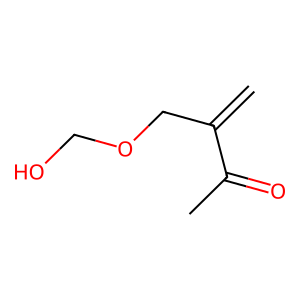
SMILES: C=C(COCO)C(C)=O
Inhibits HIV replication: No